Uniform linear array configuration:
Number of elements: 12
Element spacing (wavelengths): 1
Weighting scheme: binomial
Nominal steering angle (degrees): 30
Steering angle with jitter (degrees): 29.888
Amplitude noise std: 0.05
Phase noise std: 0.05

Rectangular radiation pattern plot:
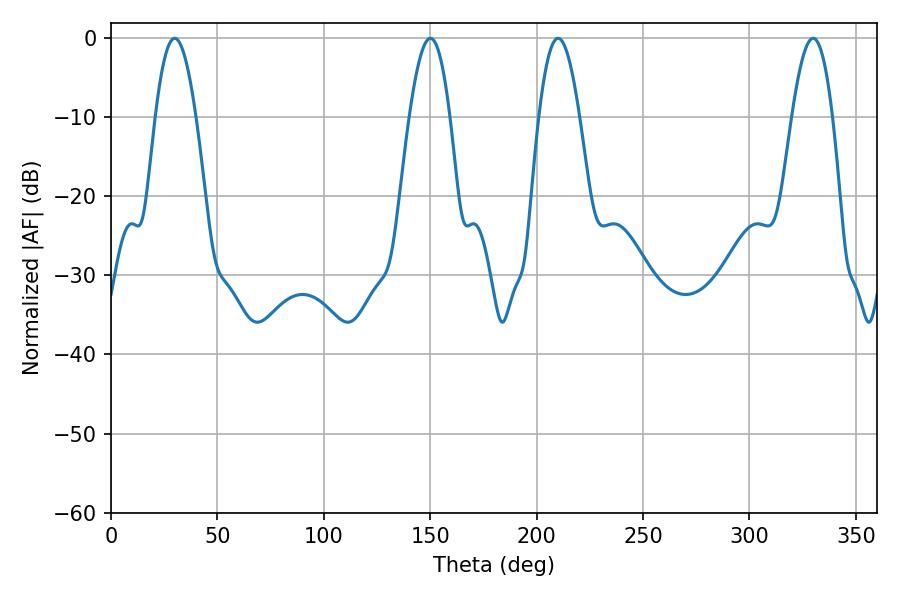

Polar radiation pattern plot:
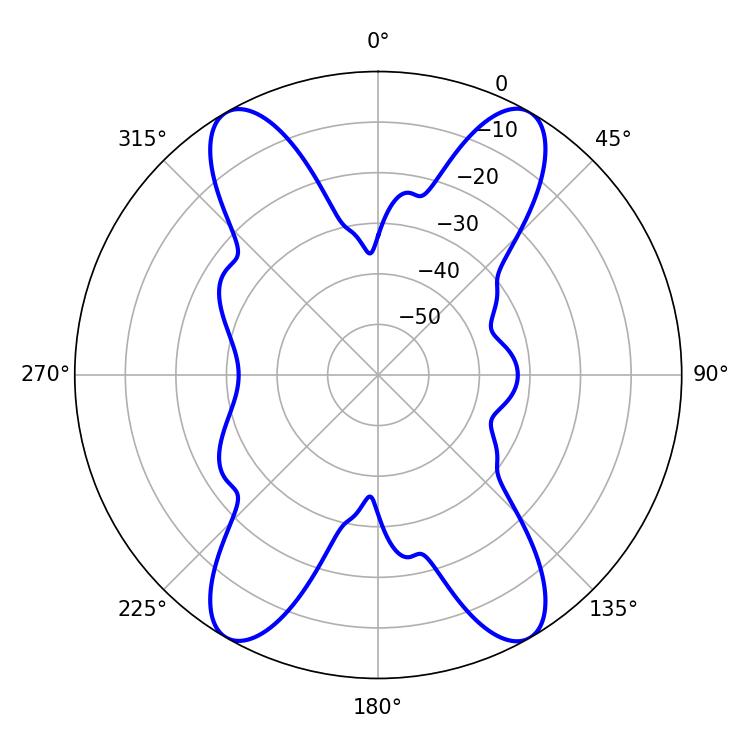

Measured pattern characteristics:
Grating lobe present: TRUE
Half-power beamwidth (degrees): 10.44
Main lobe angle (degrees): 210.06